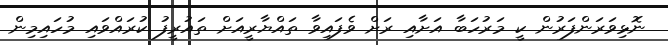
ނޮޅިވަރަންފަރުން ކީ މަރުހަބާ އަށާއި ރަށް ވެފައިވާ ތައްޔާރީއަށް ތައުރީފު ކުރައްވައި މުހައިމިން